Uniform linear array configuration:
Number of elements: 8
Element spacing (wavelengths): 0.5
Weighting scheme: hamming
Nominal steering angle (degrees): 0
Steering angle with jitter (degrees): -0.2111
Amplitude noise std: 0.05
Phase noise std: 0.05

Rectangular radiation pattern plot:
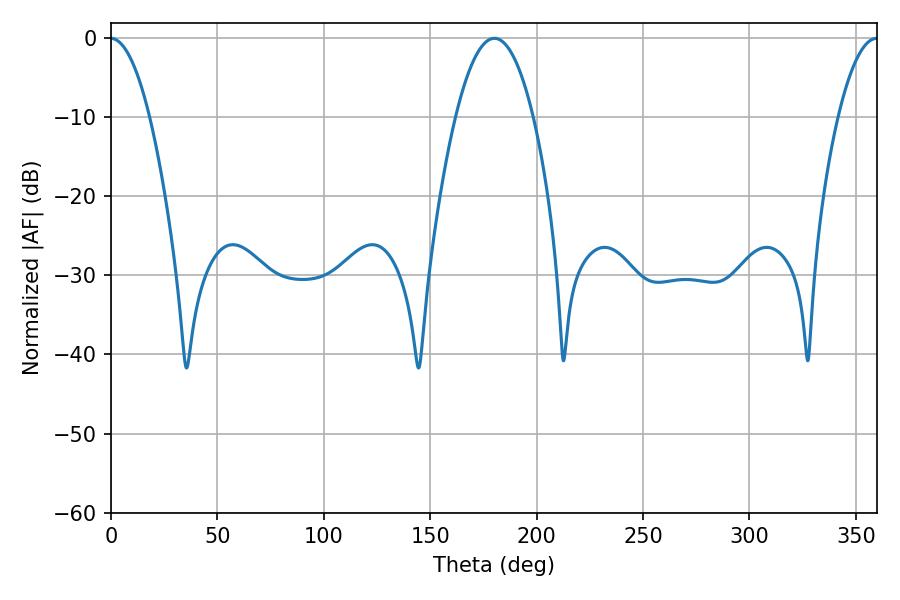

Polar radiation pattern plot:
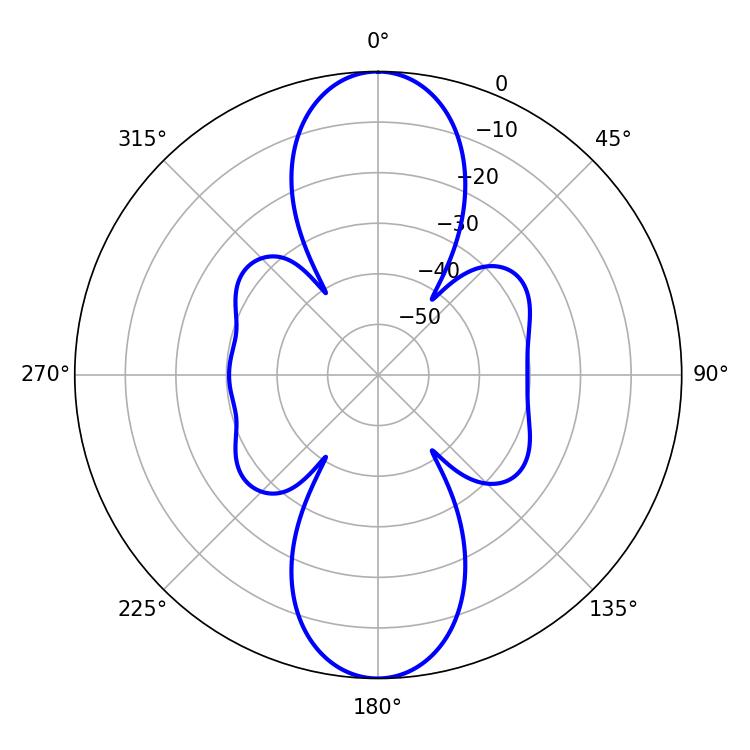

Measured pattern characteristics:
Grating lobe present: FALSE
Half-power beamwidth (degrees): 20.16
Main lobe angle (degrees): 180.18